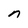
Character: n